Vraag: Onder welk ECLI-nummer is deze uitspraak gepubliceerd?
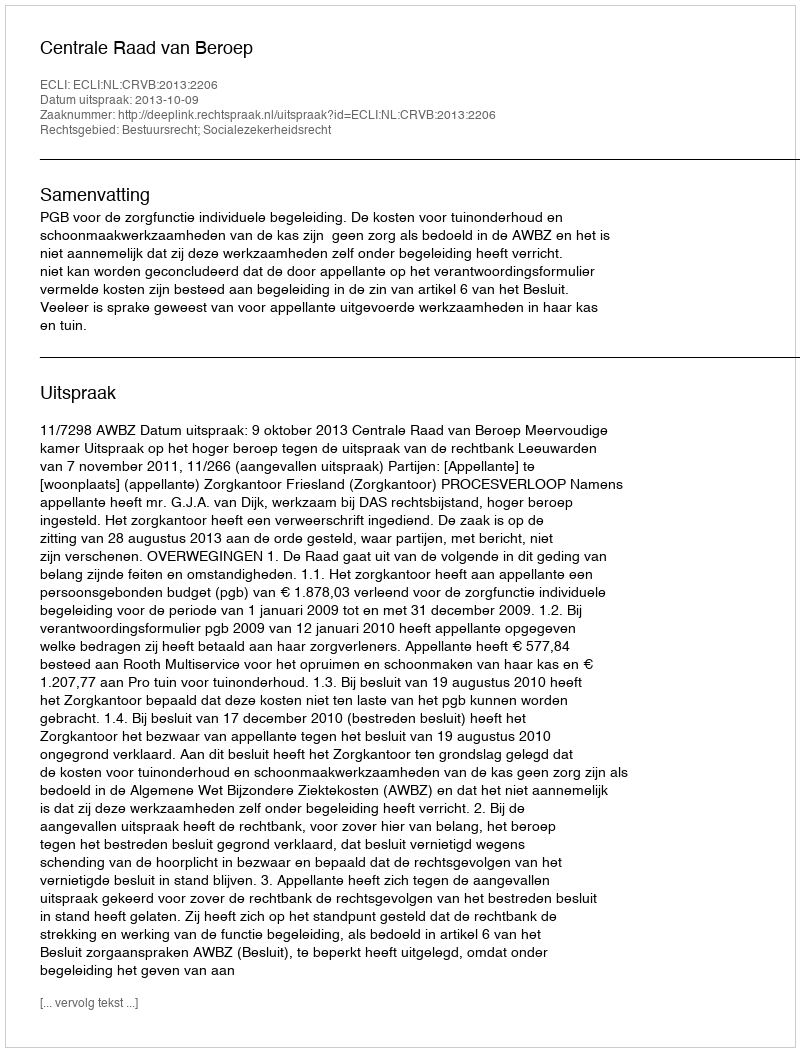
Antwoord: ECLI:NL:CRVB:2013:2206